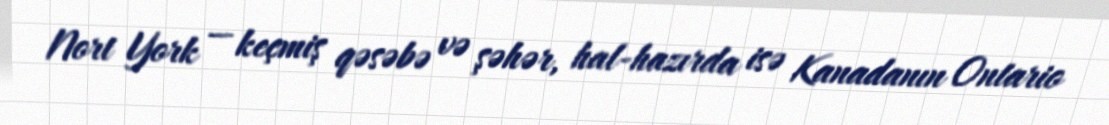
Nort York — keçmiş qəsəbə və şəhər, hal-hazırda isə Kanadanın Ontario